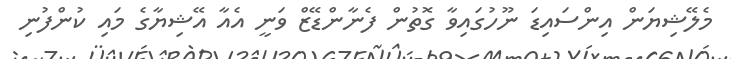
މެލޭޝިޔަން އިންސައިޑަ ނޫހުގައިވާ ގޮތުން ފެނާންޑޭޒް ވަނީ އެއާ އޭޝިޔާގެ މައި ކުންފުނި